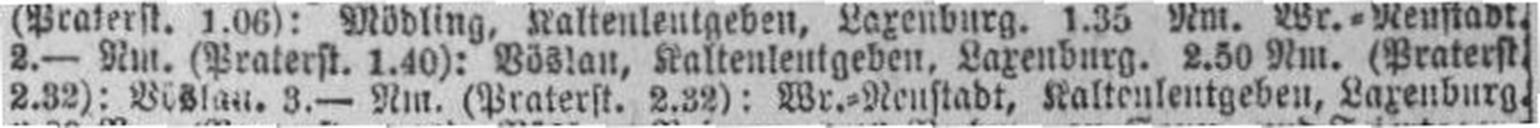
2.32): Böslau. 3.— Nm. (Praterst. 2.32): Wr.=Neustadt, Kaltenleutgeben, Laxenburg.